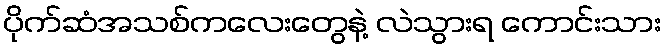
ပိုက်ဆံအသစ်ကလေးတွေနဲ့ လဲသွားရ ကောင်းသား